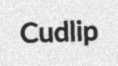
Cudlip